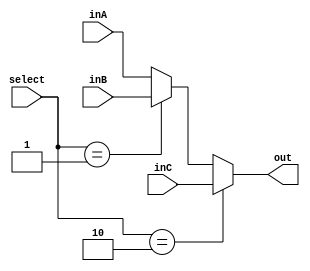
module Mux32Bit3To1(inA, inB, inC, select, out);
    input [31:0] inA;
    input [31:0] inB;
    input [31:0] inC;
    input [1:0] select;
    output reg [31:0] out;
    
    always @(select, inA, inB, inC) begin
            if (select == 'b10 ) begin
                out <= inC;
            end 
            else if (select == 'b01) begin
                out <= inB;
            end
            else begin
                out <= inA;
            end
        end
    
endmodule